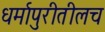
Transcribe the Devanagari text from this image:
धर्मापुरीतीलच